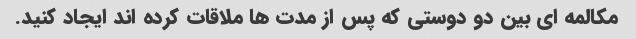
مکالمه ای بین دو دوستی که پس از مدت ها ملاقات کرده اند ایجاد کنید.